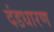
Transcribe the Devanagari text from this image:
दंडधारण